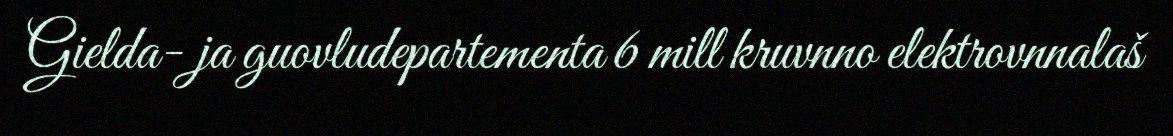
Gielda- ja guovludepartementa 6 mill kruvnno elektrovnnalaš